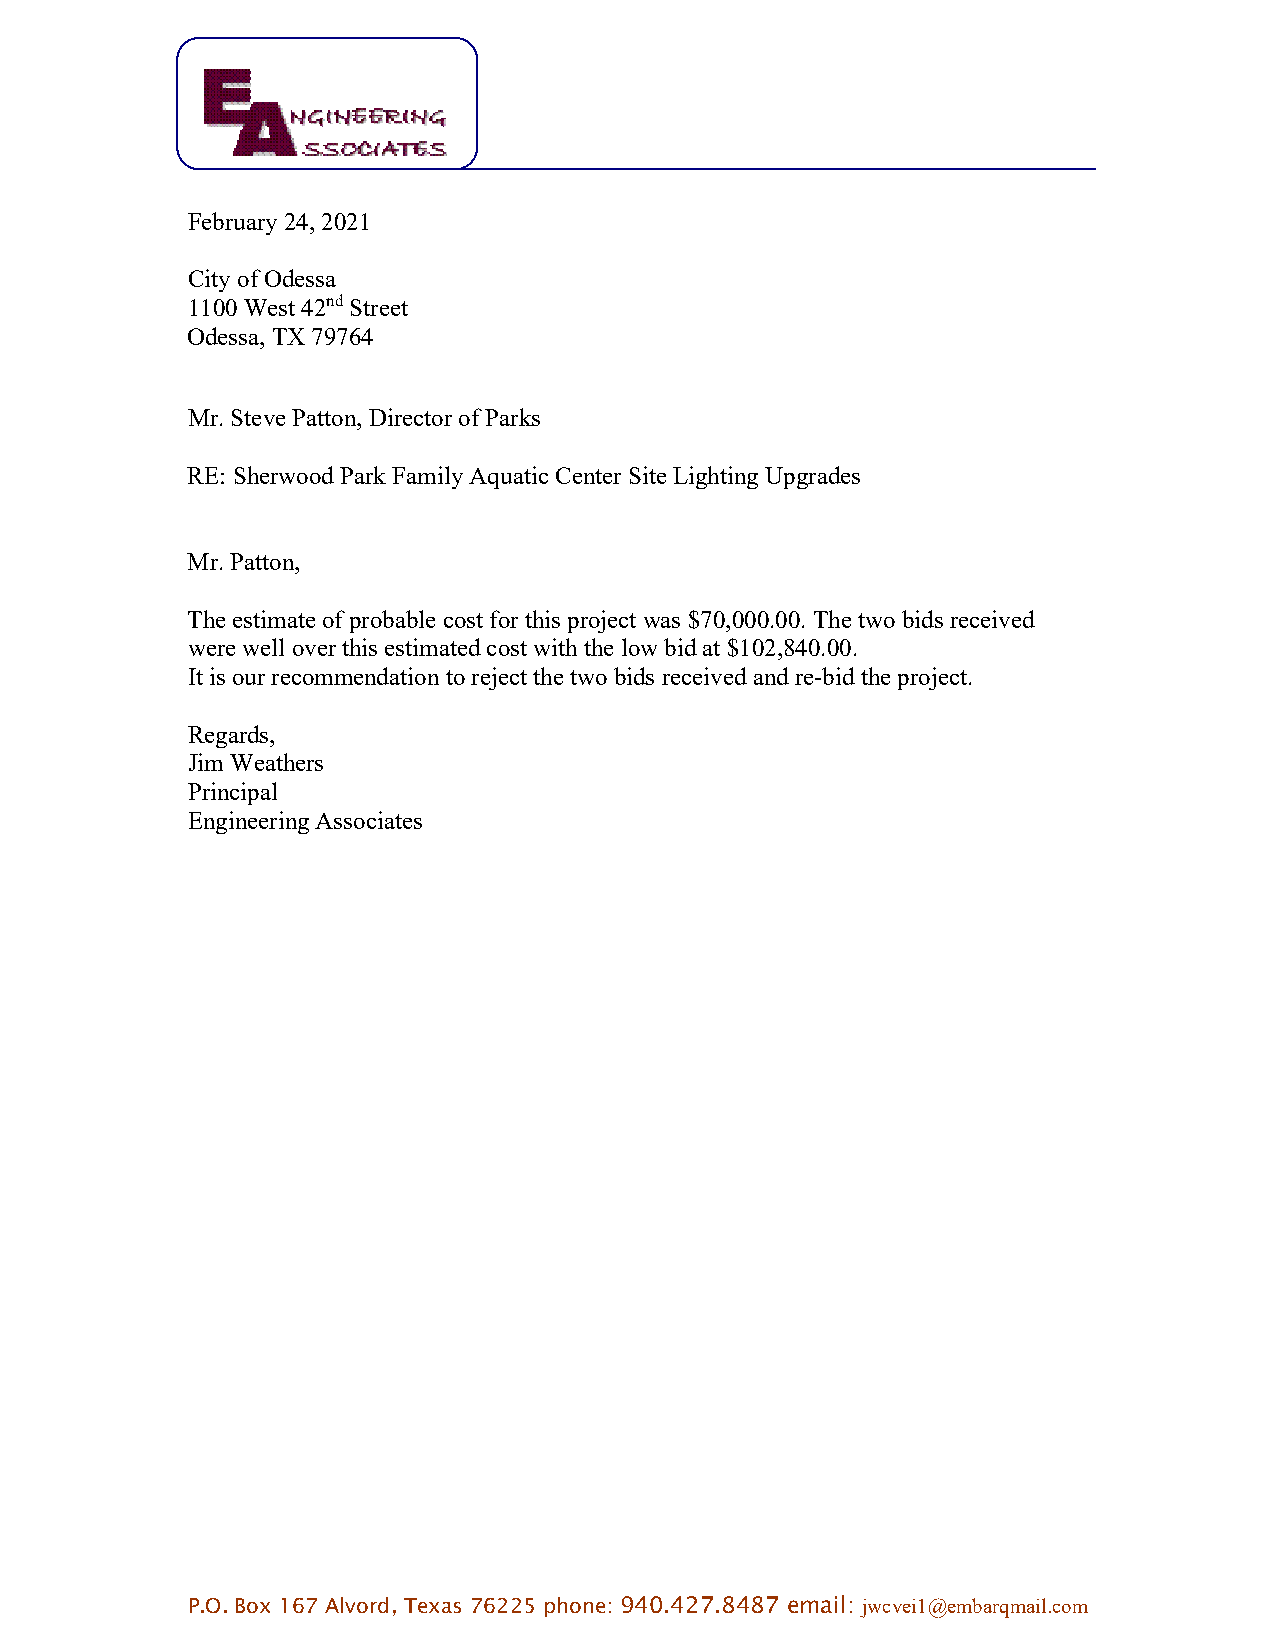
February 24, 2021
 City of Odessa
 1100 West 42nd Street
 Odessa, TX 79764
 Mr. Steve Patton, Director of Parks
 RE: Sherwood Park Family Aquatic Center Site Lighting Upgrades
 Mr. Patton,
 The estimate of probable cost for this project was $70,000.00. The two bids received
 were well over this estimated cost with the low bid at $102,840.00.
 It is our recommendation to reject the two bids received and re-bid the project.
 Regards,
 Jim Weathers
 Principal
 Engineering Associates
 P.O. Box 167 Alvord, Texas 76225 phone: 940.427.8487 email: jwcvei1@embarqmail.com